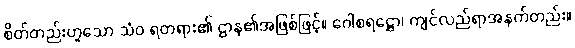
စိတ်တည်းဟူသော သံဝ ရတရား၏ ဌာန၏အဖြစ်ဖြင့်။ ဂေါစရဋ္ဌော၊ ကျင်လည်ရာအနက်တည်း။